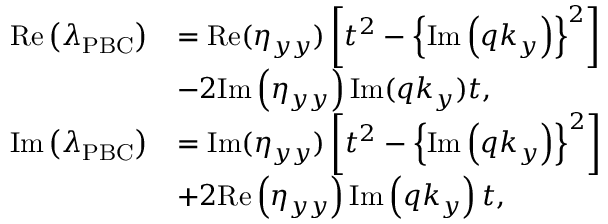
\begin{array} { r l } { \mathrm { R e } \left( \lambda _ { \mathrm { P B C } } \right) } & { = \mathrm { R e } ( \eta _ { y y } ) \left[ t ^ { 2 } - \left\{ \mathrm { I m } \left( q k _ { y } \right) \right\} ^ { 2 } \right] } \\ & { - 2 \mathrm { I m } \left( \eta _ { y y } \right) \mathrm { I m } ( q k _ { y } ) t , } \\ { \mathrm { I m } \left( \lambda _ { \mathrm { P B C } } \right) } & { = \mathrm { I m } ( \eta _ { y y } ) \left[ t ^ { 2 } - \left\{ \mathrm { I m } \left( q k _ { y } \right) \right\} ^ { 2 } \right] } \\ & { + 2 \mathrm { R e } \left( \eta _ { y y } \right) \mathrm { I m } \left( q k _ { y } \right) t , } \end{array}